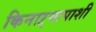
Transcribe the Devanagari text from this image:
किनाऱ्यापाशी